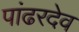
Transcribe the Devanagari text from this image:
पांढरदेव